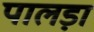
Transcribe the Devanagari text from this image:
पालड़ा